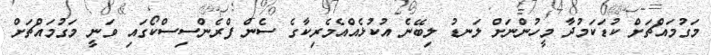
މަގުމައްޗަށް ކުޑަކަމުދާ މީހުންނަށް ލަނޑު ލިބޭނެ އުކުޅެއްއެމެރިކާގެ ސެން ފްރެންސިސްކޯގައި ވަނީ މަގުމައްޗަށް